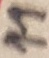
Text: 11